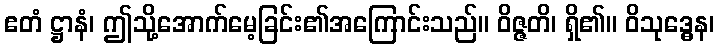
ဧတံ ဋ္ဌာနံ၊ ဤသို့အောက်မေ့ခြင်း၏အကြောင်းသည်။ ဝိဇ္ဇတိ၊ ရှိ၏။ ဝိသုဒ္ဓေန၊